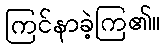
ကြင်နာခဲ့ကြ၏။